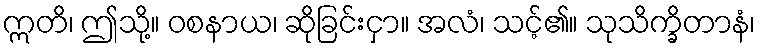
ဣတိ၊ ဤသို့။ ဝစနာယ၊ ဆိုခြင်းငှာ။ အလံ၊ သင့်၏။ သုသိက္ခိတာနံ၊